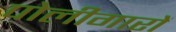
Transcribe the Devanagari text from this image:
पोलीगारों